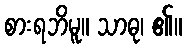
စားရဘိမူ။ သာဓု၊ ၏။